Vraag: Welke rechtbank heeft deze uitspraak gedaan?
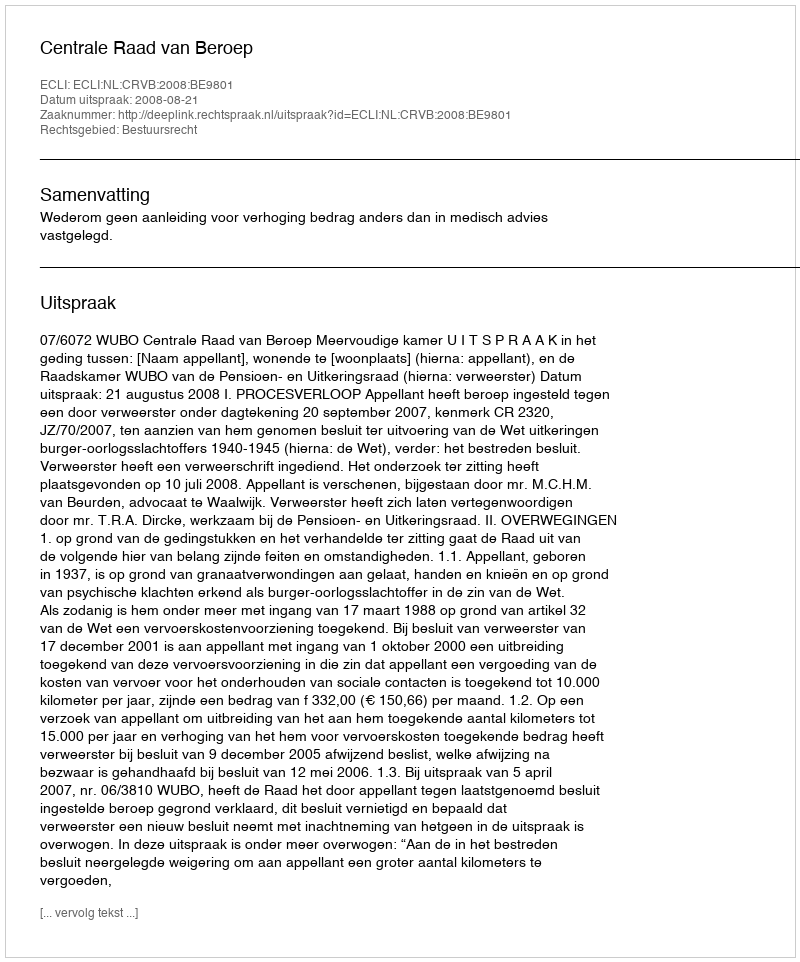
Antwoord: Centrale Raad van Beroep